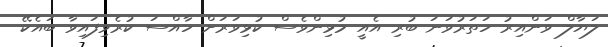
ލަޔާލް ވަންއިރު ހަތަރުވަނަ ބުރި އެއީ މުޅިންވެސް ކުޅިވަރަށް ހާއްސަ ކުރެވިފައިވާ ބައެކޭ